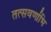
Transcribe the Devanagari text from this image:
तत्सवर्णाभि